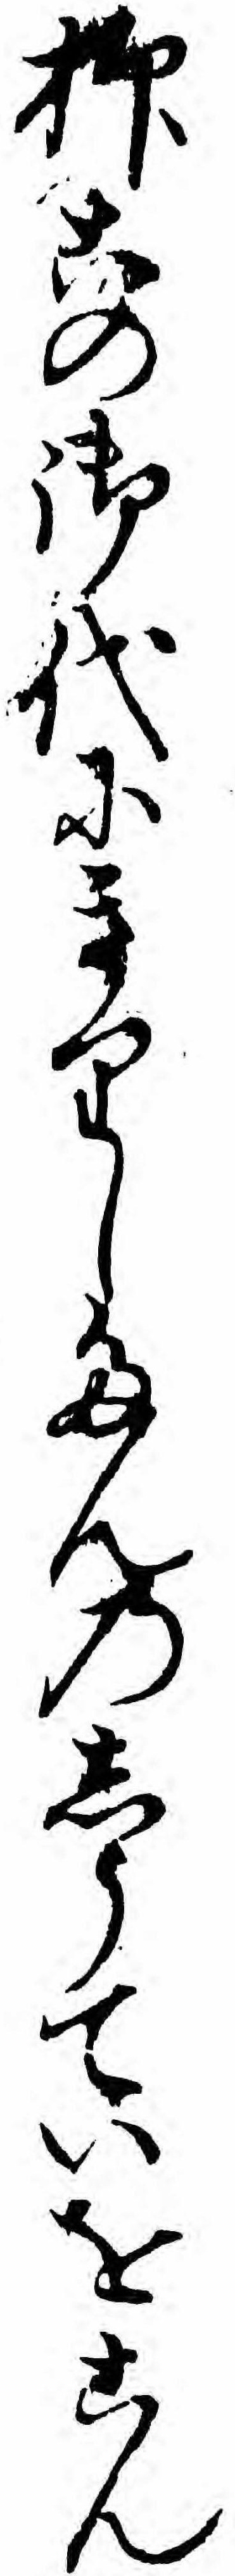
抑この御代にきりしたんのしうていをこん